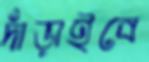
দাঁড়াইবে